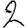
Digit: 2